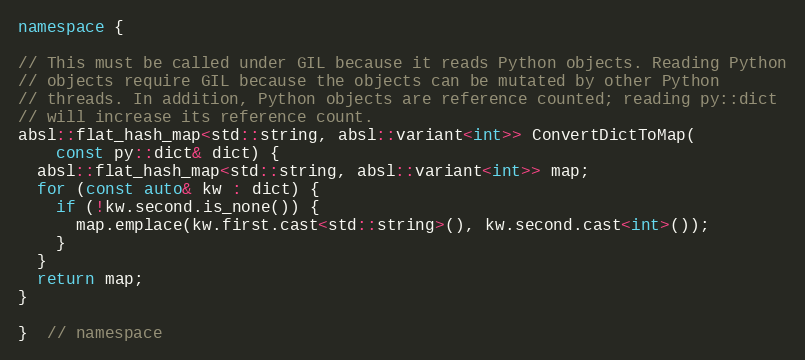
Language: C++
namespace {

// This must be called under GIL because it reads Python objects. Reading Python
// objects require GIL because the objects can be mutated by other Python
// threads. In addition, Python objects are reference counted; reading py::dict
// will increase its reference count.
absl::flat_hash_map<std::string, absl::variant<int>> ConvertDictToMap(
    const py::dict& dict) {
  absl::flat_hash_map<std::string, absl::variant<int>> map;
  for (const auto& kw : dict) {
    if (!kw.second.is_none()) {
      map.emplace(kw.first.cast<std::string>(), kw.second.cast<int>());
    }
  }
  return map;
}

}  // namespace